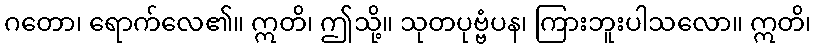
ဂတော၊ ရောက်လေ၏။ ဣတိ၊ ဤသို့။ သုတပုဗ္ဗံပန၊ ကြားဘူးပါသလော။ ဣတိ၊